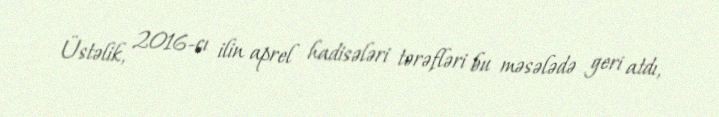
Üstəlik, 2016-cı ilin aprel hadisələri tərəfləri bu məsələdə geri atdı,